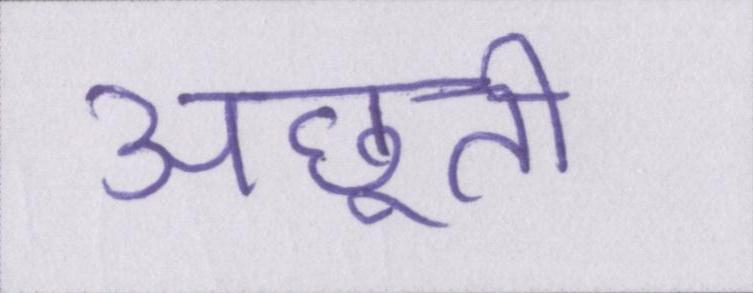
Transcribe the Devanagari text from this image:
अछूती